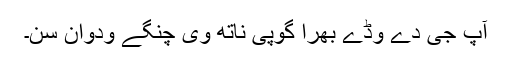
آپ جی دے وڈے بھرا گوپی ناتھ وی چنگے ودوان سن۔